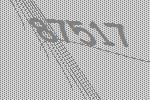
87517